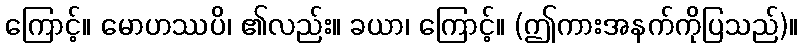
ကြောင့်။ မောဟဿပိ၊ ၏လည်း။ ခယာ၊ ကြောင့်။ (ဤကားအနက်ကိုပြသည်)။